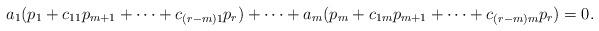
LaTeX: \begin{align*}a_1 (p_1+c_{11}p_{m+1}+\cdots+c_{(r-m)1}p_r)+\cdots+a_m(p_m+c_{1m}p_{m+1}+\cdots+c_{(r-m)m }p_r)=0.\end{align*}